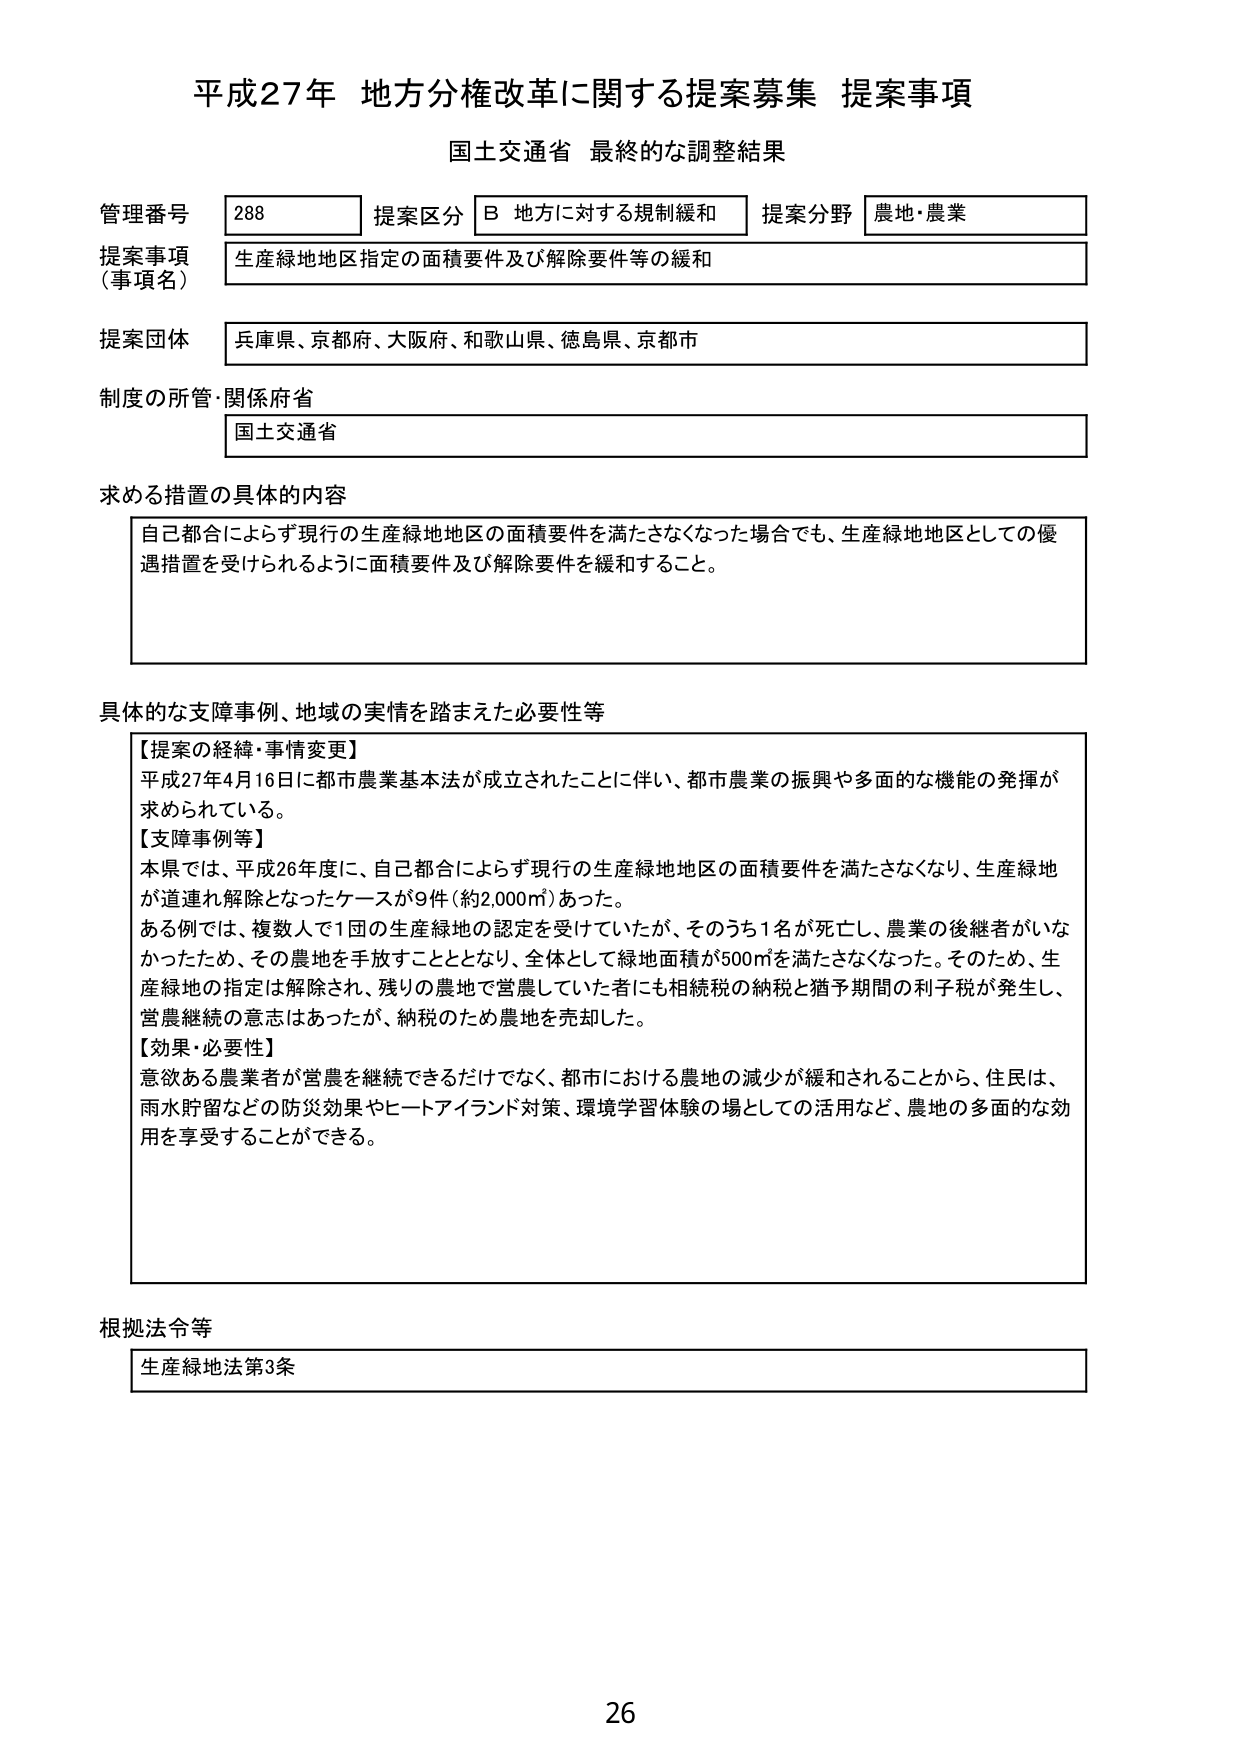
平成27年 地方分権改革に関する提案募集 提案事項
国土交通省 最終的な調整結果

管理番号 288
提案区分 B 地方に対する規制緩和
提案分野 農地・農業

提案事項（事項名）
生産緑地地区指定の面積要件及び解除要件等の緩和

提案団体
兵庫県、京都府、大阪府、和歌山県、徳島県、京都市

制度の所管・関係府省
国土交通省

求める措置の具体的な内容
自己都合によらず現行の生産緑地地区の面積要件を満たさなくなった場合でも、生産緑地地区としての優遇措置を受けられるように面積要件及び解除要件を緩和すること。

具体的な支障事例、地域の実情を踏まえた必要性等
【提案の経緯・事情変更】
平成27年4月16日に都市農業基本法が成立されたことに伴い、都市農業の振興や多面的な機能の発揮が求められている。
【支障事例等】
本県では、平成26年度に、自己都合によらず現行の生産緑地地区の面積要件を満たさなくなり、生産緑地が道連れ解除となったケースが9件（約2,000㎡）あった。
ある例では、複数人で1団の生産緑地の認定を受けていたが、そのうち1名が死亡し、農業の後継者がいなかったため、その農地を手放すこととなり、全体として緑地面積が500㎡を満たさなくなった。そのため、生産緑地の指定は解除され、残りの農地で営農していた者にも相続税の納税と猶予期間の利子税が発生し、営農継続の意志はあったが、納税のため農地を売却した。
【効果・必要性】
意欲ある農業者が営農を継続できるだけでなく、都市における農地の減少が緩和されることから、住民は、雨水貯留などの防災効果やヒートアイランド対策、環境学習体験の場としての活用など、農地の多面的な効用を享受することができる。

根拠法令等
生産緑地法第3条

26